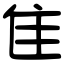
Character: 隹